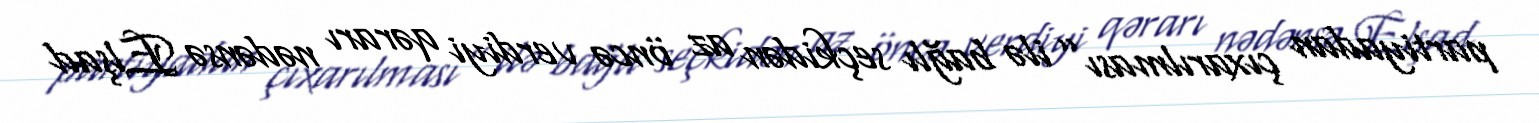
partiyadan çıxarılması” ilə bağlı seçkidən az öncə verdiyi qərarı nədənsə Elşad